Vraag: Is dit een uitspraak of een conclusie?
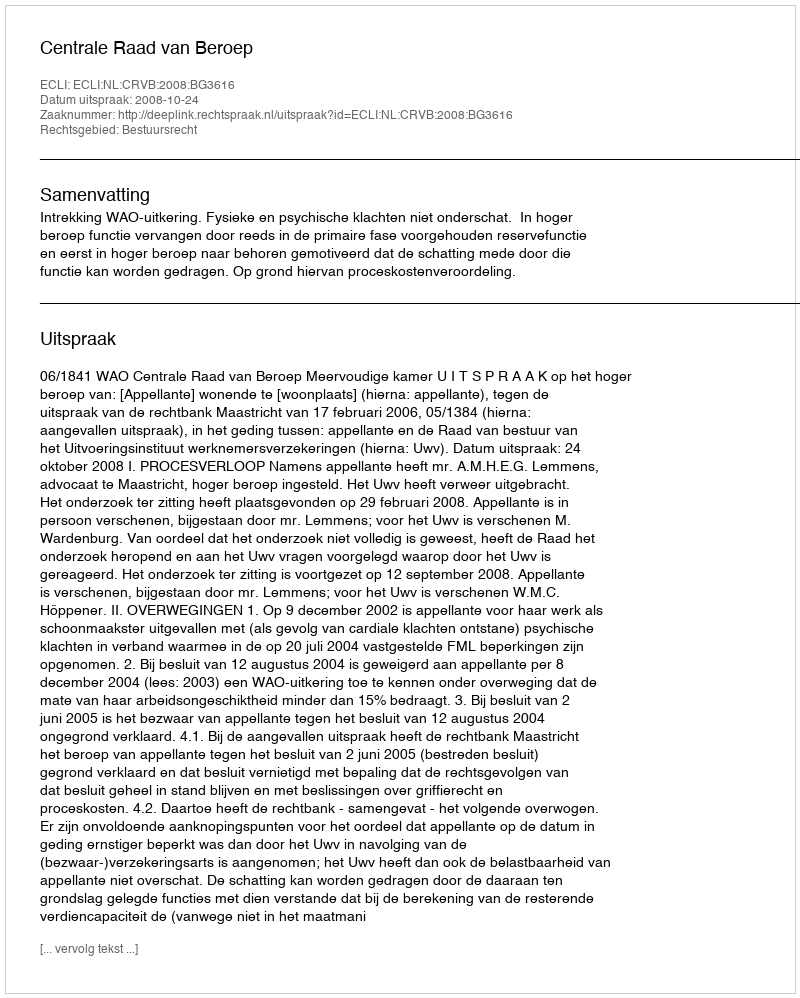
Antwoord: Uitspraak